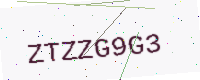
Text: ZTZZG9G3